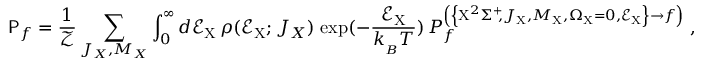
\mathsf { P } _ { f } = \frac { 1 } { \mathcal { Z } } \sum _ { J _ { X } , M _ { X } } \int _ { 0 } ^ { \infty } d \mathcal { E } _ { \mathrm { X } } \, \rho ( \mathcal { E } _ { \mathrm { X } } ; J _ { X } ) \, \exp ( - \frac { \mathcal { E } _ { \mathrm { X } } } { k _ { _ B } T } ) \, P _ { f } ^ { \left( \left\{ \mathrm { X } ^ { 2 } \Sigma ^ { + } \! \! , J _ { \mathrm { X } } , M _ { \mathrm { X } } , \Omega _ { \mathrm { X } } = 0 , \mathcal { E } _ { \mathrm { X } } \right\} \rightarrow f \right) } \; ,